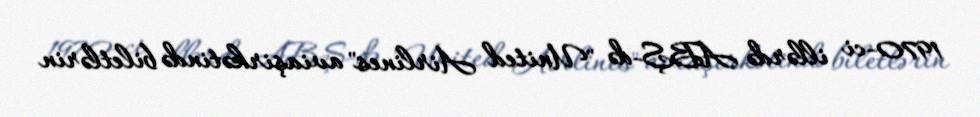
1970-ci illərdə ABŞ-də "United Airlines" aviaşirkətində biletlərin